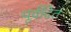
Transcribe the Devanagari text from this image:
पूर्वदित